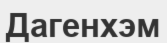
Дагенхэм